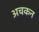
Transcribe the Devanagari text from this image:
अचकन